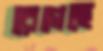
রেগেছে